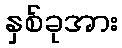
နှစ်ခုအား